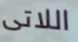
اللاتى